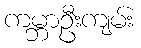
ကမ္ဘာဦးကျမ်း